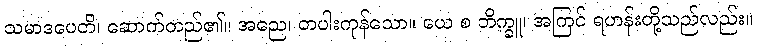
သမာဒပေတိ၊ ဆောက်တည်၏။ အညေ၊ တပါးကုန်သော။ ယေ စ ဘိက္ခူ၊ အကြင် ရဟန်းတို့သည်လည်း။